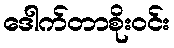
ဒေါက်တာစိုးဝင်း